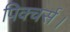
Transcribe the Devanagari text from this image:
पिक्चर्स।